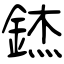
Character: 錰